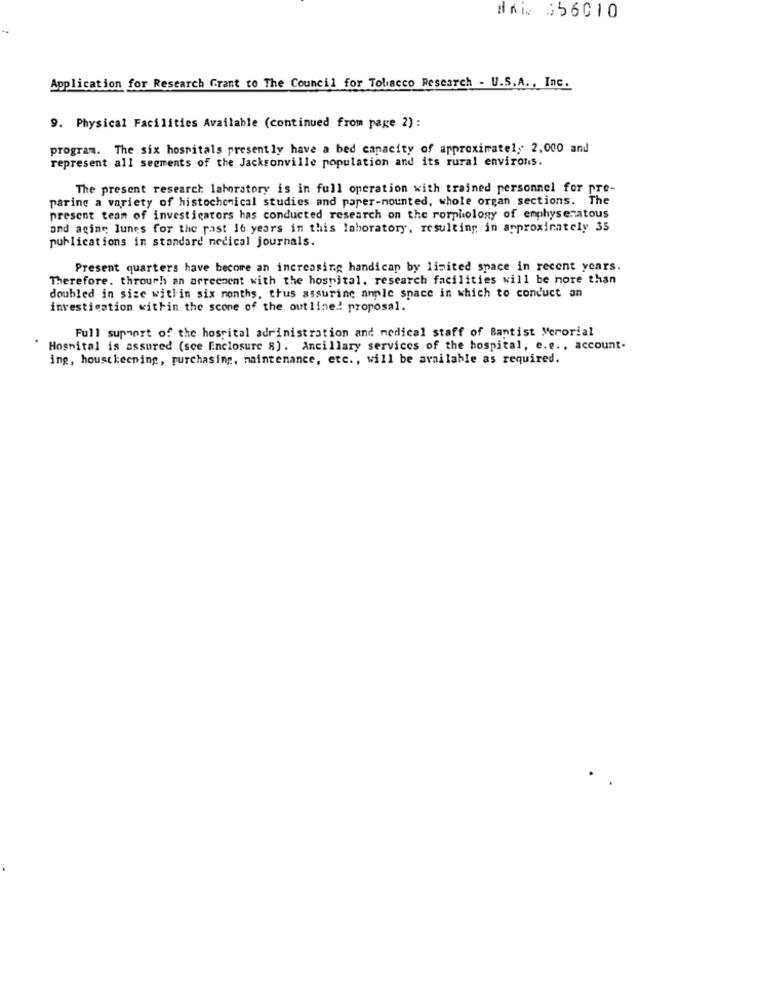
DRi: 356010
Application for Research Grant to The Council for Tobacco Research - U.S.A ., Inc.
9. Physical Facilities Available (continued from page 2):
program. The six hospitals presently have a bed capacity of approximately 2,000 and
represent all segments of the Jacksonville population and its rural environs.
The present research laboratory is in full operation with trained personnel for pre-
paring a variety of histochemical studies and paper-mounted, whole organ sections. The
present team of investicators has conducted research on the rorphology of emphysematous
and aging lunes for the past 16 years in this laboratory, resulting in approximately 35
publications in standard medical journals.
Present quarters have become an increasing handicap by limited space in recent years.
Therefore. through an arrecsent with the hospital. research facilities will be more than
doubled in size within six months, thus assuring ample space in which to conduct an
investigation within the scone of the outlined proposal.
Full support of the hospital adrinistration and medical staff of Baptist Merorial
Hospital is assured (sce Enclosure 8). Ancillary services of the hospital, e.e ., account-
ing, housckecning, purchasing, maintenance, etc ., will be available as required.